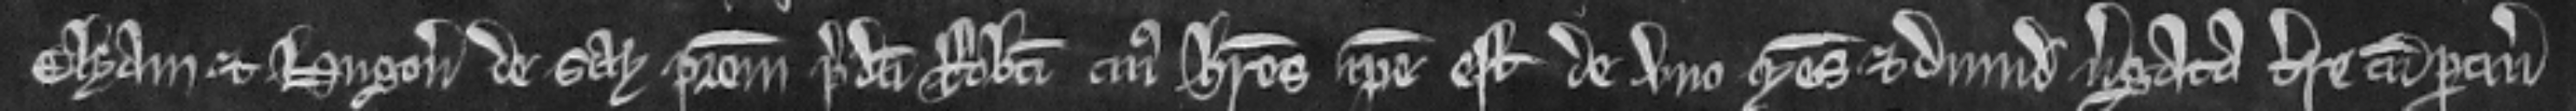
Elyam et Hugonem de Say patrem predicti Roberti cujus heres ipse est de uno mesuagio et dimidia virgata terre cum pertinenciis